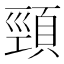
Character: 頸